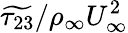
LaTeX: \widetilde{\tau_{23}}/\rho_{\infty}U_{\infty}^{2}